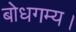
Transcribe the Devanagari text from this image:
बोधगम्य।